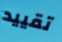
تقييد